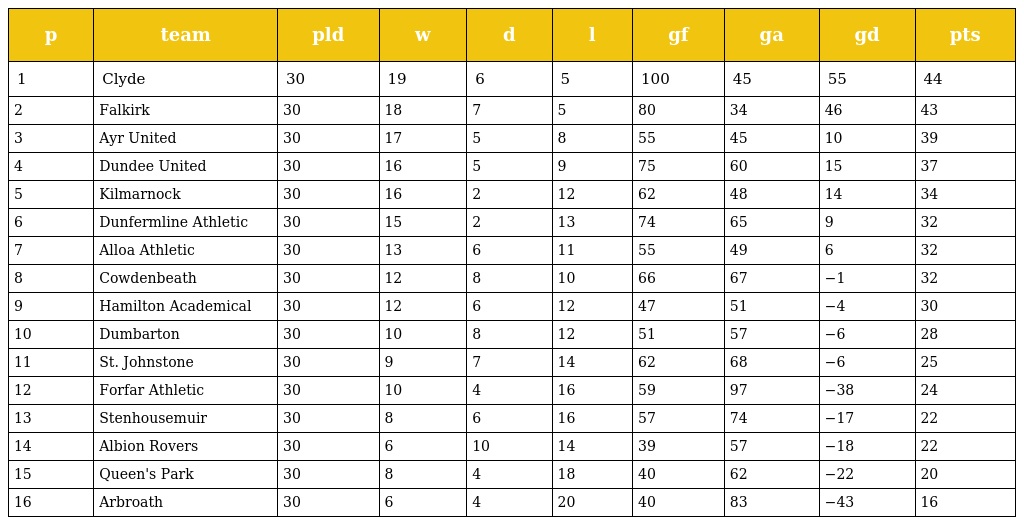
| p | team | pld | w | d | l | gf | ga | gd | pts |
 | --- | --- | --- | --- | --- | --- | --- | --- | --- | --- |
 | 1 | Clyde | 30 | 19 | 6 | 5 | 100 | 45 | 55 | 44 |
 | 2 | Falkirk | 30 | 18 | 7 | 5 | 80 | 34 | 46 | 43 |
 | 3 | Ayr United | 30 | 17 | 5 | 8 | 55 | 45 | 10 | 39 |
 | 4 | Dundee United | 30 | 16 | 5 | 9 | 75 | 60 | 15 | 37 |
 | 5 | Kilmarnock | 30 | 16 | 2 | 12 | 62 | 48 | 14 | 34 |
 | 6 | Dunfermline Athletic | 30 | 15 | 2 | 13 | 74 | 65 | 9 | 32 |
 | 7 | Alloa Athletic | 30 | 13 | 6 | 11 | 55 | 49 | 6 | 32 |
 | 8 | Cowdenbeath | 30 | 12 | 8 | 10 | 66 | 67 | −1 | 32 |
 | 9 | Hamilton Academical | 30 | 12 | 6 | 12 | 47 | 51 | −4 | 30 |
 | 10 | Dumbarton | 30 | 10 | 8 | 12 | 51 | 57 | −6 | 28 |
 | 11 | St. Johnstone | 30 | 9 | 7 | 14 | 62 | 68 | −6 | 25 |
 | 12 | Forfar Athletic | 30 | 10 | 4 | 16 | 59 | 97 | −38 | 24 |
 | 13 | Stenhousemuir | 30 | 8 | 6 | 16 | 57 | 74 | −17 | 22 |
 | 14 | Albion Rovers | 30 | 6 | 10 | 14 | 39 | 57 | −18 | 22 |
 | 15 | Queen's Park | 30 | 8 | 4 | 18 | 40 | 62 | −22 | 20 |
 | 16 | Arbroath | 30 | 6 | 4 | 20 | 40 | 83 | −43 | 16 |